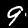
Label: 9